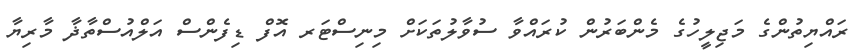
ރައްޔިތުންގެ މަޖިލީހުގެ މެންބަރުން ކުރައްވާ ސުވާލުތަކަށް މިނިސްޓަރ އޮފް ޑިފެންސް އަލްއުސްތާޛާ މާރިޔާ